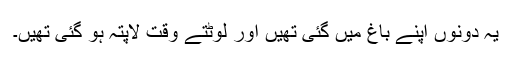
یہ دونوں اپنے باغ میں گئی تھیں اور لوٹتے وقت لاپتہ ہو گئی تھیں۔